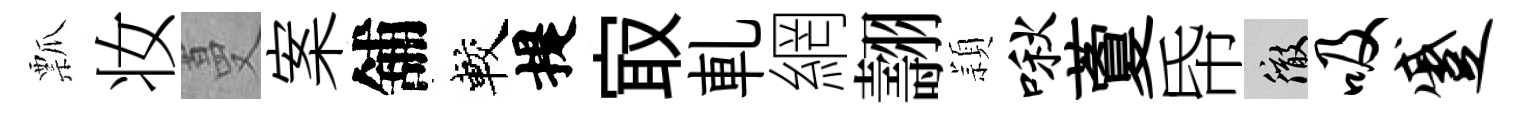
瓢妆蔓案舖較提㝡軋網翿頴啾藑帋徹吸蹙